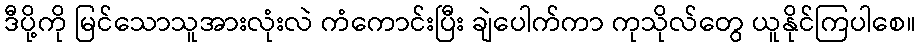
ဒီပို့ကို မြင်သောသူအားလုံးလဲ ကံကောင်းပြီး ချဲပေါက်ကာ ကုသိုလ်တွေ ယူနိုင်ကြပါစေ။